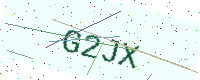
Text: G2JX